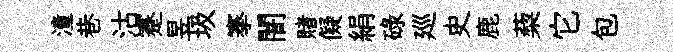
潼巷沽蹇昱圾搴闇賭儗絹碌廵史鹿蔾它包